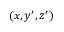
( x , y ^ { \prime } , z ^ { \prime } )